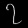
Digit: ၇